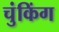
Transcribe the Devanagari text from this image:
चुंकिंग